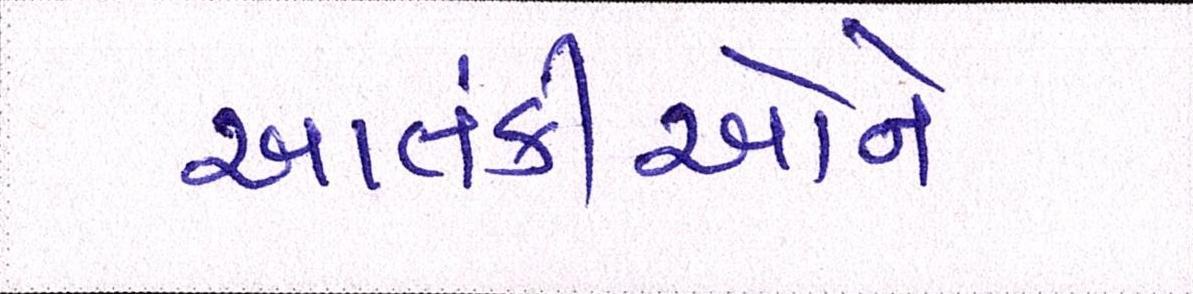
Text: આતંકીઓને